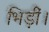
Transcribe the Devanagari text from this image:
भिड़ीं।